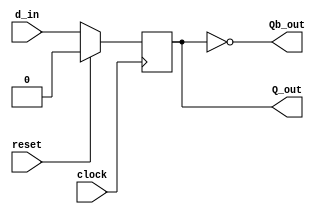
module dfflop(input clock,reset,d_in, output Q_out,Qb_out);
reg x;
   always@(posedge clock) begin
	 if(reset) x <= 1'b0;
	 else x <= d_in;	
   end	
   assign Q_out = x;
   assign Qb_out = !x;
endmodule